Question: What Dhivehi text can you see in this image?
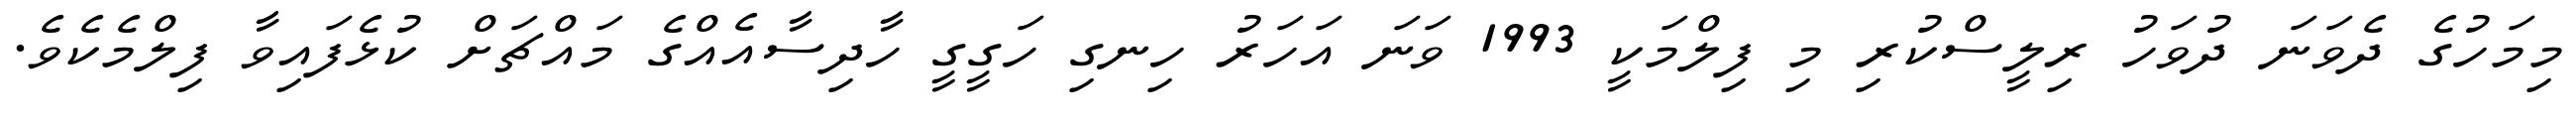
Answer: މިމަހުގެ ދެވަނަ ދުވަހު ރިލީސްކުރި މި ފިލްމަކީ 1993 ވަނަ އަހަރު ހިނގި ހަގީގީ ހާދިސާއެއްގެ މައްޗަށް ކުޅެފައިވާ ފިލްމެކެވެ.